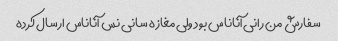
سفارش من رانی آناناس بود ولی مغازه سانی نس آناناس ارسال کرده